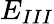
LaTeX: E_{III}